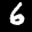
Label: 6